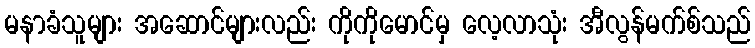
မနာခံသူများ အဆောင်များလည်း ကိုကိုမောင်မှ လေ့လာသုံး အီလွန်မက်စ်သည်